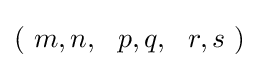
(\ m,n,~~p,q,~~r,s\ )